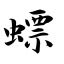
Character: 螵